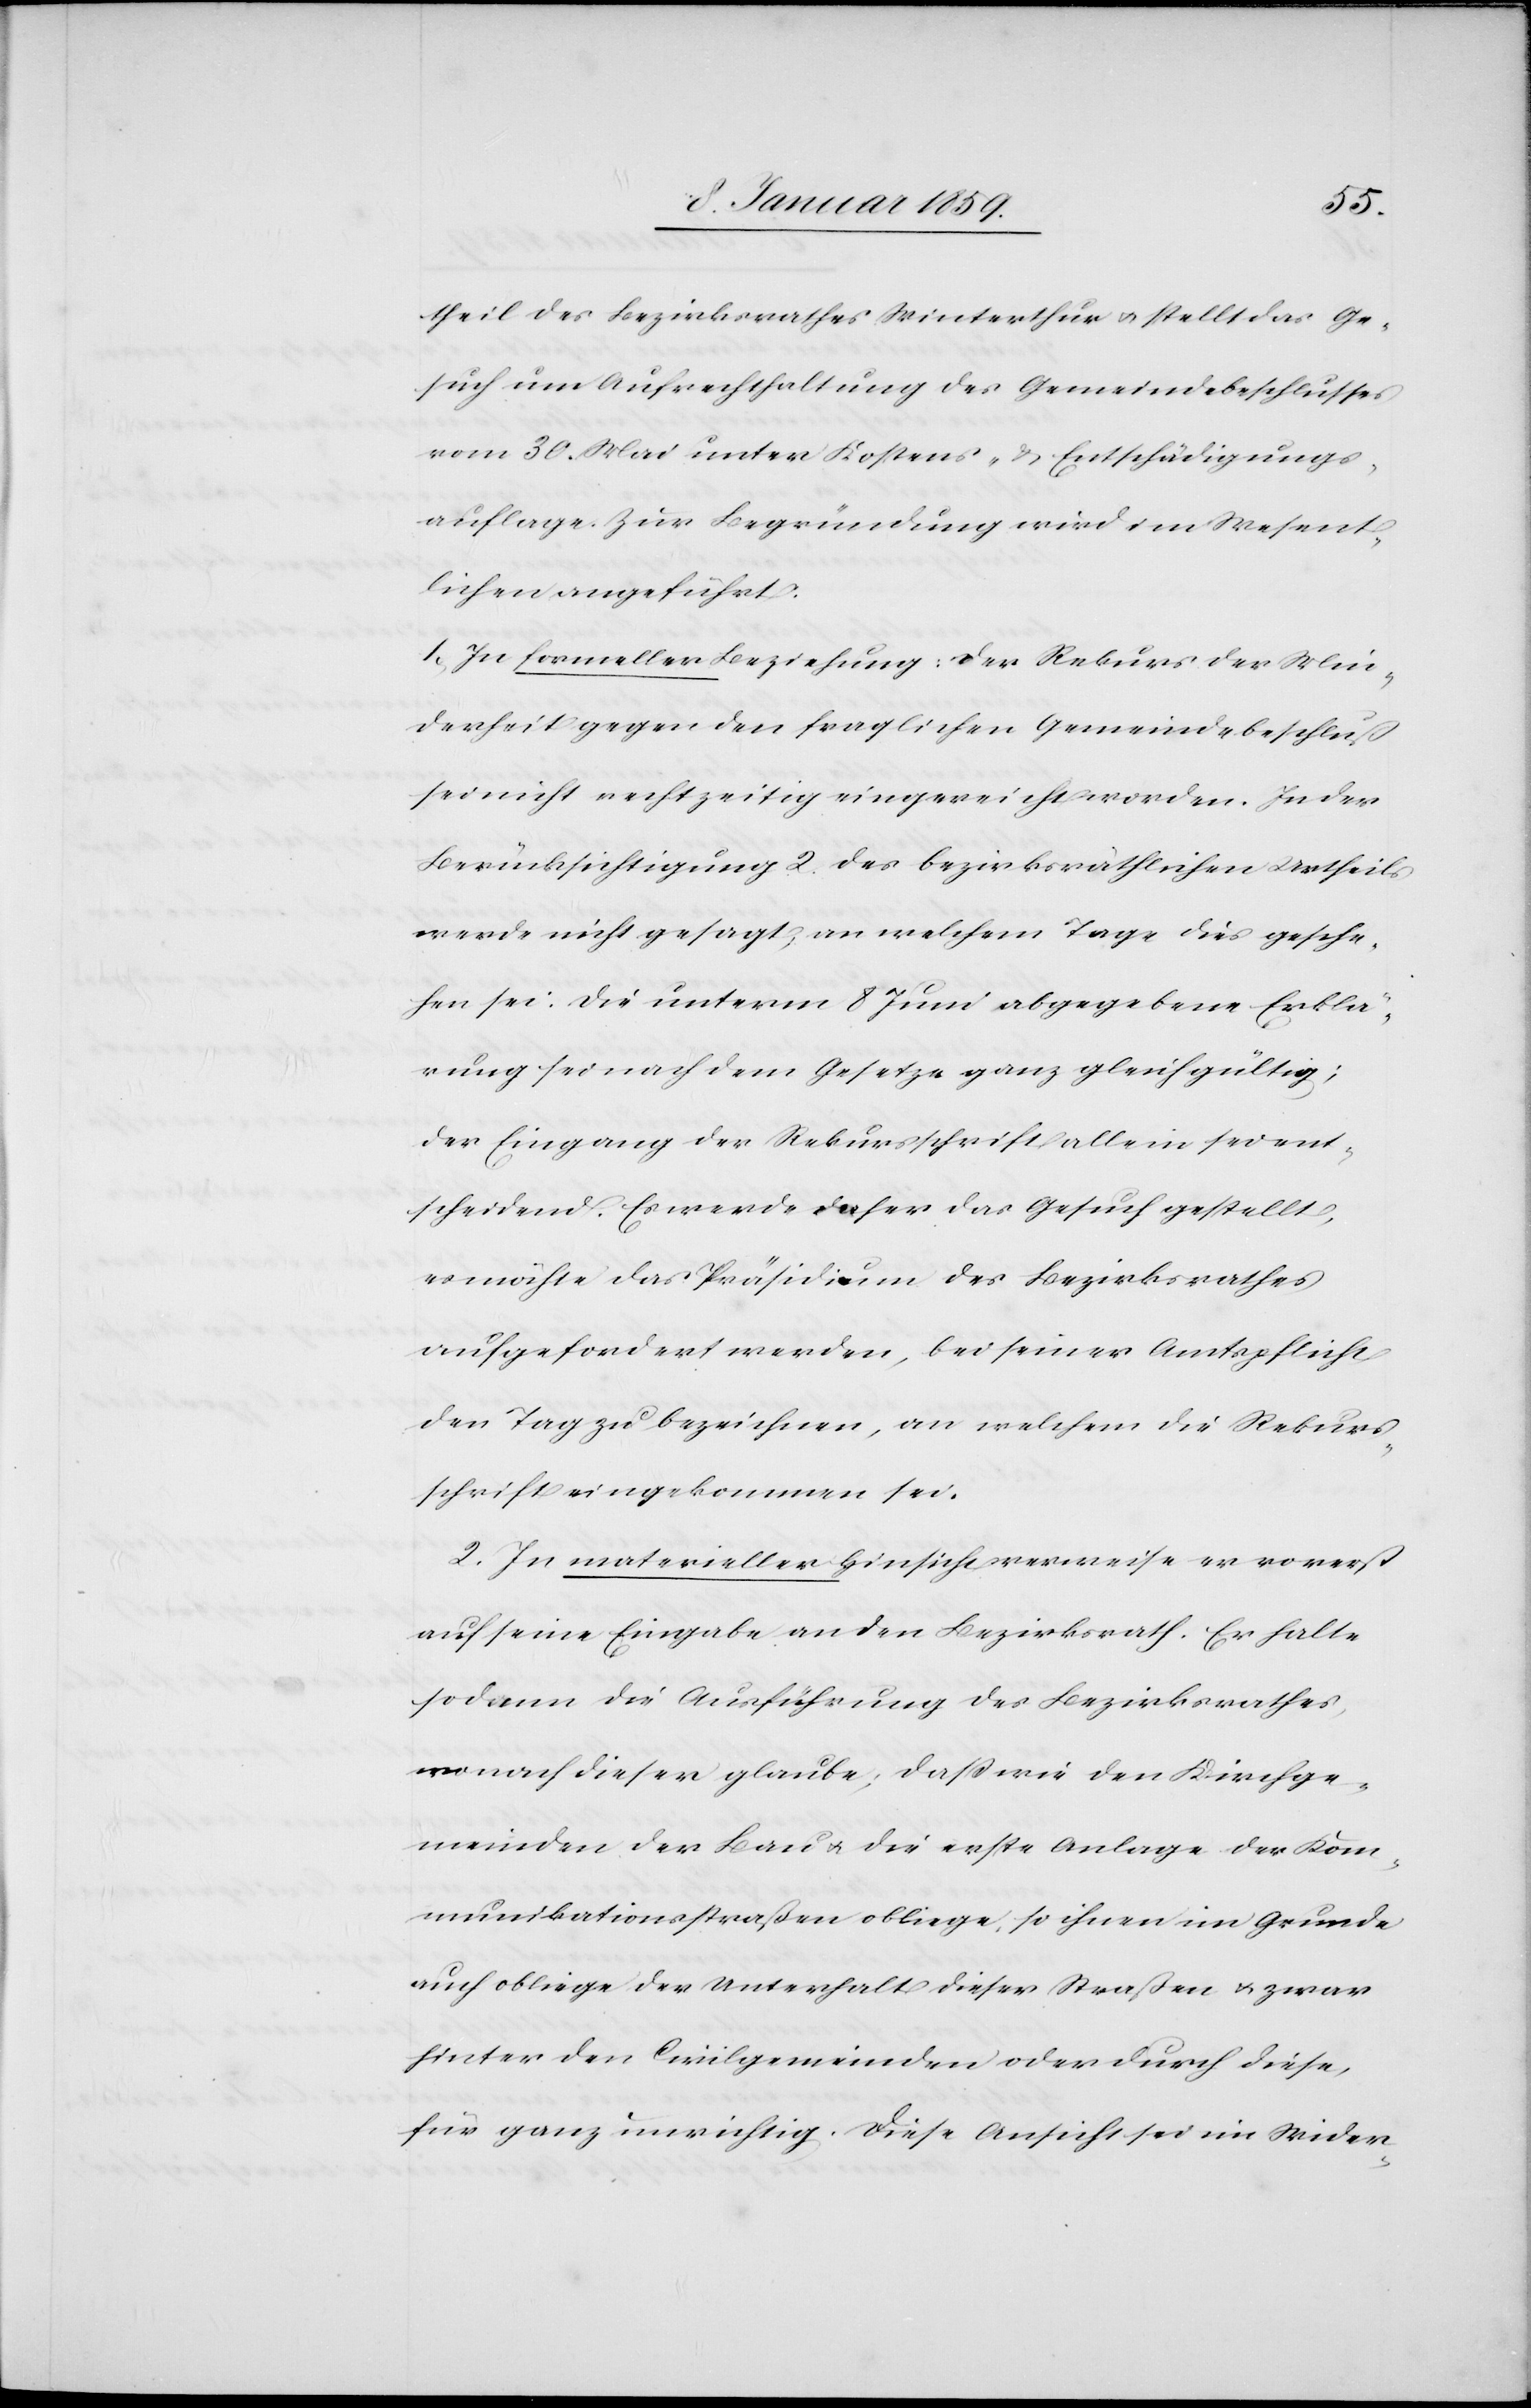
theil des Bezirksrathes Winterthur u. stellt das Ge¬
such um Aufrechthaltung des Gemeindebeschlusses
vom 30. Mai unter Kostens- & Entschädigungs¬
auflage. Zur Begründung wird im Wesent¬
lichen angeführt:
1. In formeller Beziehung: der Rekurs der Min¬
derheit gegen den fraglichen Gemeindebeschluß
sei nicht rechtzeitig eingereicht worden. In der
Berücksichtigung 2. des bezirksräthlichen Urtheils
werde nicht gesagt, an welchem Tage dies gesche¬
hen sei: die unterm 8 Juni abgegebene Erklä¬
rung sei nach dem Gesetze ganz gleichgültig;
der Eingang der Rekursschrift allein sei ent¬
scheidend. Es werde daher das Gesuch gestellt,
es möchte das Präsidium des Bezirksrathes
aufgefordert werden, bei seiner Amtspflicht
den Tag zu bezeichnen, an welchem die Rekurs¬
schrift eingekommen sei.
2. In materieller Hinsicht verweise er vorerst
auf seine Eingabe an den Bezirksrath. Er halte
sodann die Ausführung des Bezirksrathes,
wonach dieser glaube, daß wie den Kirchge¬
meinden der Bau u. die erste Anlage der Kom¬
munikationsstraßen obliege, so ihnen im Grunde
auch obliege der Unterhalt dieser Straßen u. zwar
hinter den Civilgemeinden oder durch diese,
für ganz unrichtig. Diese Ansicht sei im Wider-